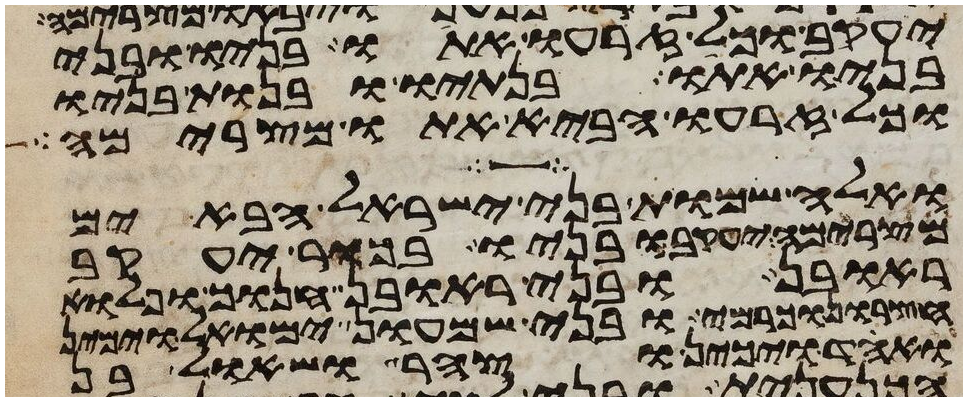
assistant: יעקב וכל זרעו אתו בניו ובני
בניו אתו בנתיו ובנות בניו
וכל זרעו הביא אתו מצרימה
ואלה שמות בני ישראל הבאים
מצרימה יעקב ובניו בכור יעקב
ראובן ובני ראובן חנוך ופלוא
חצרון וכרמי ובני שמעון ימואל וימין
ואחד ויכין וצהר ושאול בן